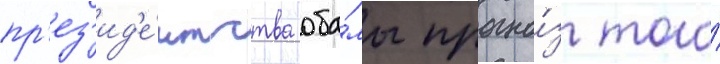
пр'ез'ид'е́нтства оба́мы прогно́з того́